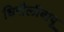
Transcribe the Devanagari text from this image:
धिरौलीबाबू